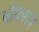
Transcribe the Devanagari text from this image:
बौक्सर